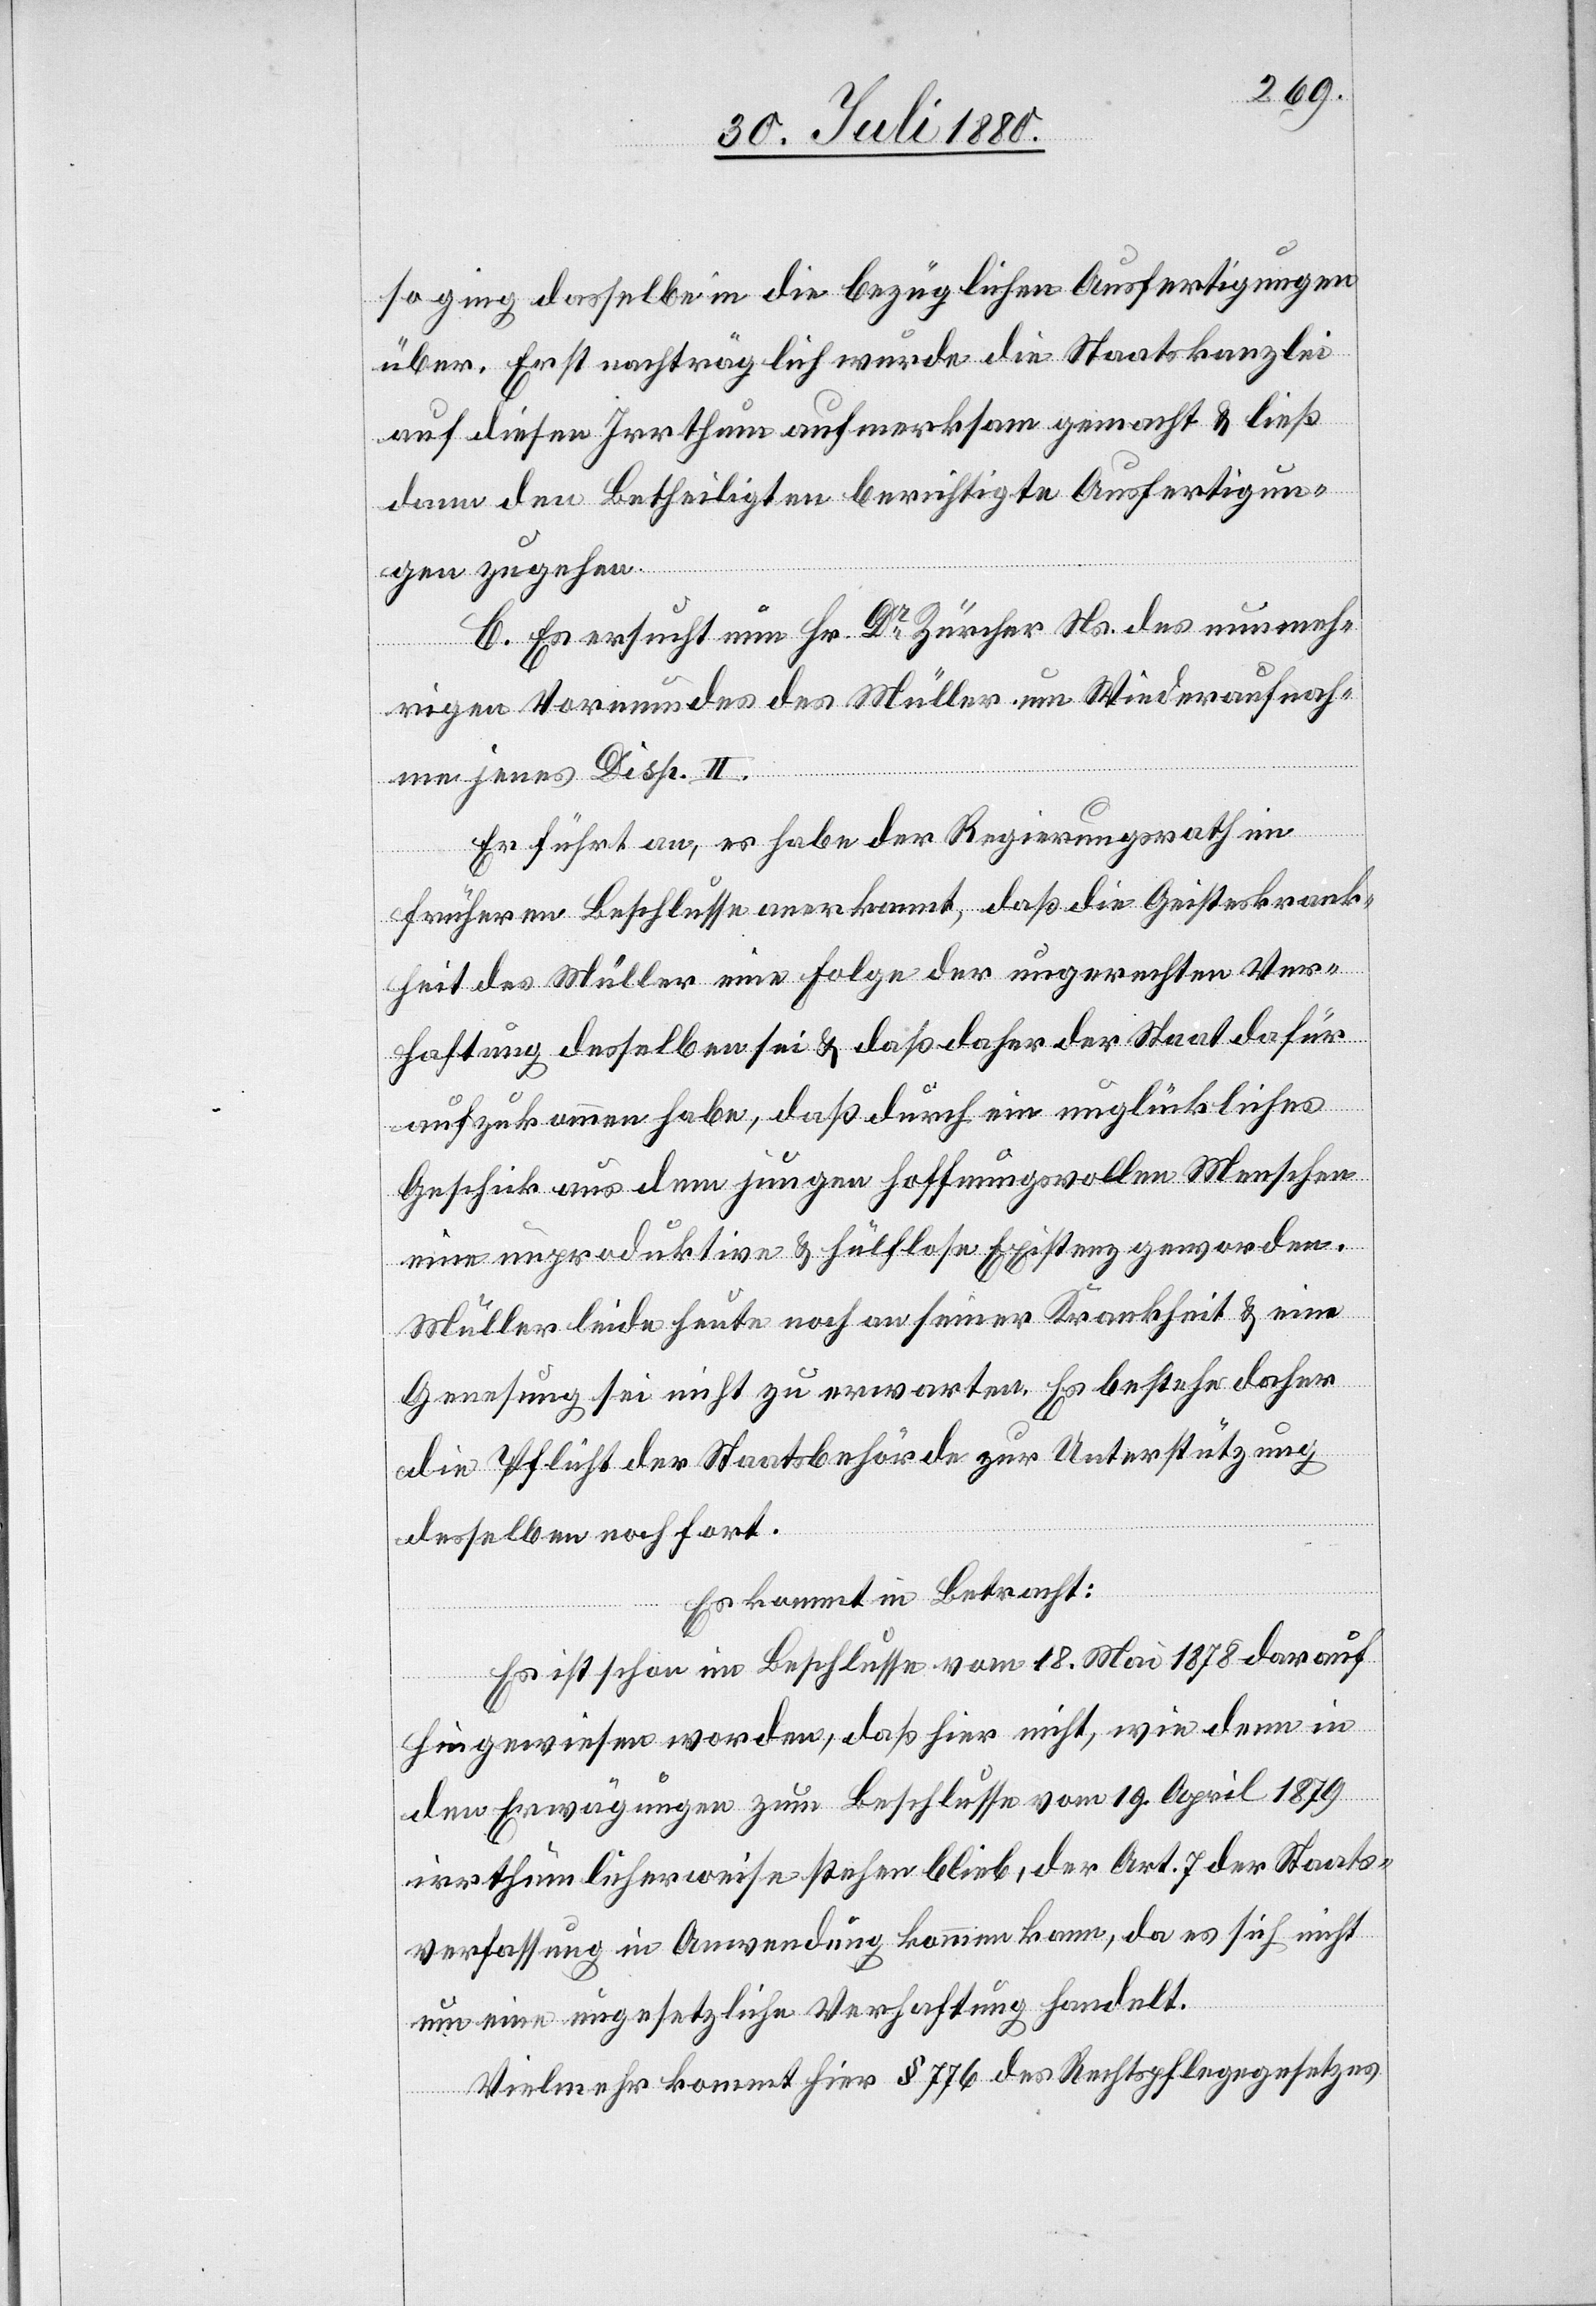
so ging dasselbe in die bezüglichen Ausfertigungen
über. Erst nachträglich wurde die Staatskanzlei
auf diesen Irrthum aufmerksam gemacht & ließ
dann den Betheiligten berichtigte Ausfertigun¬
gen zugehen.
C. Es ersucht nun Hr. Dr Zürcher Ns. des nunmeh¬
rigen Vormundes des Müller um Wiederaufnah¬
me jenes Disp. II.
Er führt an, es habe der Regierungsrath im
früheren Beschlusse anerkannt, daß die Geisteskrank¬
heit des Müller eine Folge der ungerechten Ver¬
haftung desselben sei & daß daher der Staat dafür
aufzukommen habe, daß durch ein unglückliches
Geschick aus dem jungen hoffnungsvollen Menschen
eine unproduktive & hülflose Existenz geworden.
Müller leide heute noch an seiner Krankheit & eine
Genesung sei nicht zu erwarten. Es bestehe daher
die Pflicht der Staatsbehörde zur Unterstützung
desselben noch fort.
Es kommt in Betracht:
Es ist schon im Beschlusse vom 18. Mai 1878 darauf
hingewiesen worden, daß hier nicht, wie dem in
den Erwägungen zum Beschlusse vom 19. April 1879
irrthümlicherweise stehen blieb, der Art.7 der Staats¬
verfassung in Anwendung kommen kann, da es sich nicht
um eine ungesetzliche Verhaftung handelt.
Vielmehr kommt hier § 776 des Rechtspflegegesetzes